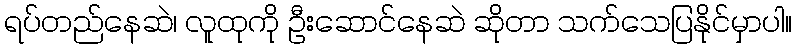
ရပ်တည်နေဆဲ၊ လူထုကို ဦးဆောင်နေဆဲ ဆိုတာ သက်သေပြနိုင်မှာပါ။